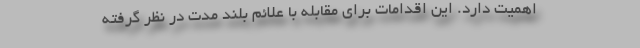
اهمیت دارد. این اقدامات برای مقابله با علائم بلند مدت در نظر گرفته